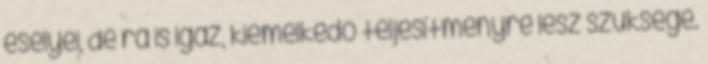
esélyei, de rá is igaz, kiemelkedő teljesítményre lesz szüksége.